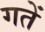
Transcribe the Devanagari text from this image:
गतें